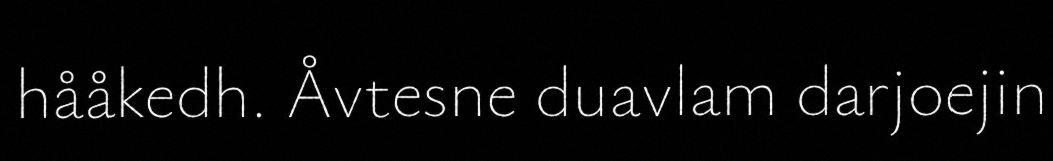
hååkedh. Åvtesne duavlam darjoejin